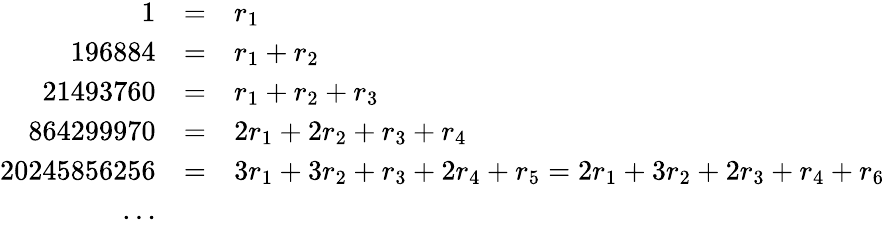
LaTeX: \begin{array}{rcl}{1}&{=}&{r_{1}}\\ {196884}&{=}&{r_{1}+r_{2}}\\ {21493760}&{=}&{r_{1}+r_{2}+r_{3}}\\ {864299970}&{=}&{2r_{1}+2r_{2}+r_{3}+r_{4}}\\ {20245856256}&{=}&{3r_{1}+3r_{2}+r_{3}+2r_{4}+r_{5}=2r_{1}+3r_{2}+2r_{3}+r_{4}+r_{6}}\\ {\ldots}\end{array}